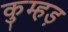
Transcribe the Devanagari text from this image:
कुम्हड़